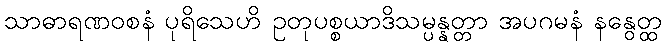
သာဓာရဏဝစနံ ပုရိသေဟိ ဥတုပစ္စယာဒိသမ္ပန္နတ္တာ အပဂမနံ နနွေတ္ထ